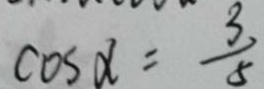
\cos \alpha = \frac { 3 } { 5 }